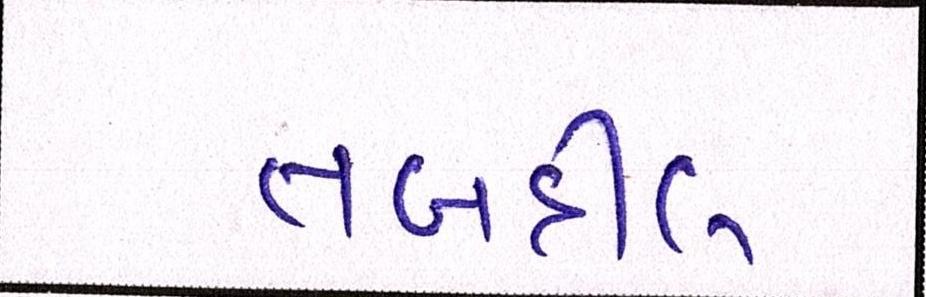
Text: તબદીલ